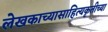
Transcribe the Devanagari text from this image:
लेखकाच्यासाहित्यकृतीच्या